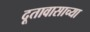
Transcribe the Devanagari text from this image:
दूतावासाच्या